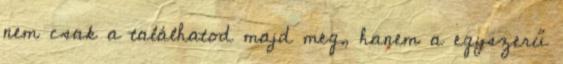
nem csak a találhatod majd meg, hanem a egyszerű